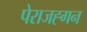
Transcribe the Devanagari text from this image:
पेराजह्गन